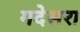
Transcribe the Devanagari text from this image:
गदेसरा